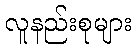
လူနည်းစုများ